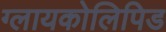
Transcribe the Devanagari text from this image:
ग्लायकोलिपिड